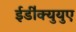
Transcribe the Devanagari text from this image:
ईडी॑क्युयुए